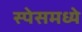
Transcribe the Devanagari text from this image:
स्पेसमध्ये